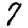
Digit: 7